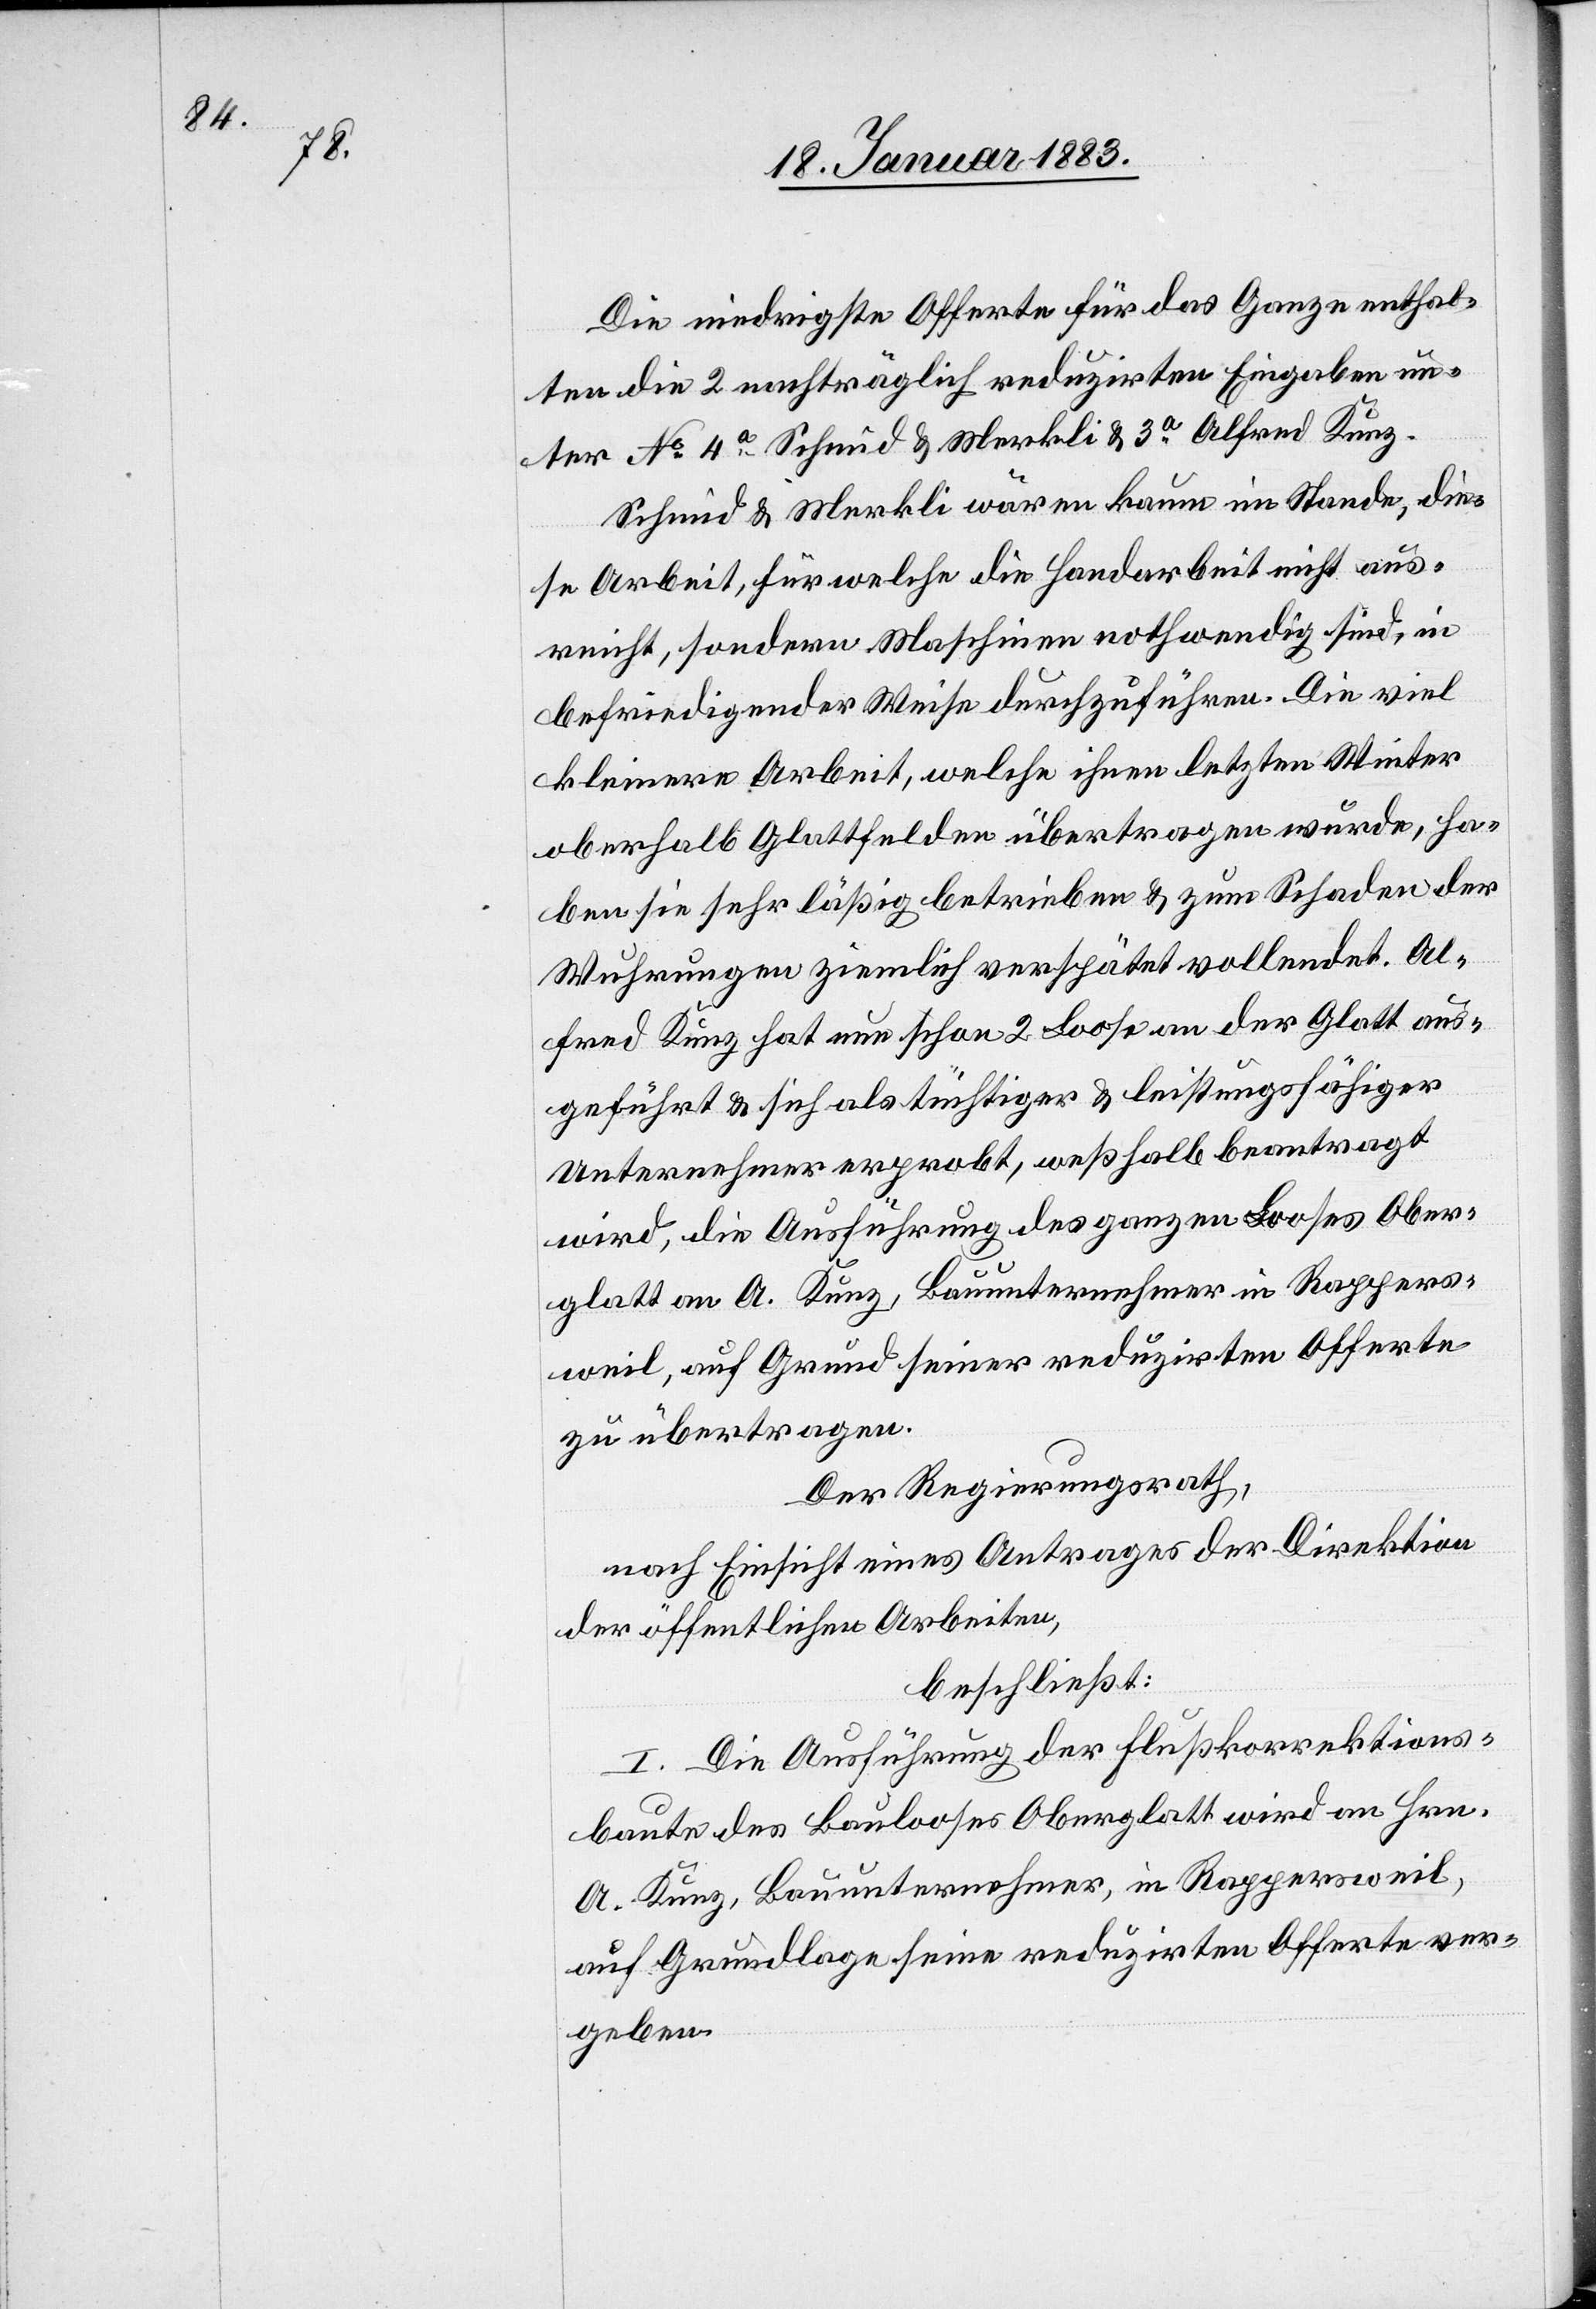
Die niedrigste Offerte für das Ganze enthal¬
ten die 2 nachträglich reduzirten Eingaben un¬
ter No 4a Schmid & Merkli & 3a Alfred Kunz.
Schmid & Merkli wären kaum im Stande, die¬
se Arbeit, für welche die Handarbeit nicht aus¬
reicht, sondern Maschinen nothwendig sind, in
befriedigender Weise durchzuführen. Die viel
kleinere Arbeit, welche ihnen letzten Winter
oberhalb Glattfelden übertragen wurde, ha¬
ben sie sehr läßig betrieben & zum Schaden der
Wuhrungen ziemlich verspätet vollendet. Al¬
fred Kunz hat nun schon 2 Loose an der Glatt aus¬
geführt & sich als tüchtiger & leistungsfähiger
Unternehmer erprobt, weßhalb beantragt
wird, die Ausführung des ganzen Looses Ober¬
glatt an A. Kunz, Bauunternehmer in Rappers¬
weil, auf Grund seiner reduzirten Offerte
zu übertragen.
Der Regierungsrath,
nach Einsicht eines Antrages der Direktion
der öffentlichen Arbeiten,
beschließt:
I. Die Ausführung der Flußkorrektions¬
baute des Baulooses Oberglatt wird an Hrn.
A. Kunz, Bauunternehmer, in Rappersweil,
auf Grundlage seine[r] reduzirten Offerte ver¬
geben.